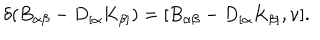
\delta ( B _ { \alpha \beta } - D _ { [ \alpha } K _ { \beta ] } ) = [ B _ { \alpha \beta } - D _ { [ \alpha } K _ { \beta ] } , \nu ] .